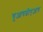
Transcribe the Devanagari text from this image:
यूआयडीएआय